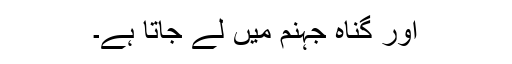
اور گناہ جہنم میں لے جاتا ہے۔